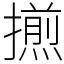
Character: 𢶕